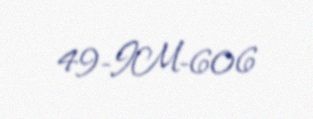
49-IM-606